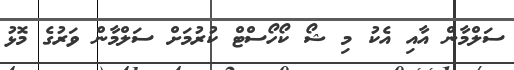
ސަލްމާން އާއި އެކު މި ޝޯ ކޯހޯސްޓް ކުރުމަށް ސަލްމާން ވަރުގެ މޮޅު